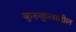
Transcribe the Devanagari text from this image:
कुरुकुलातील